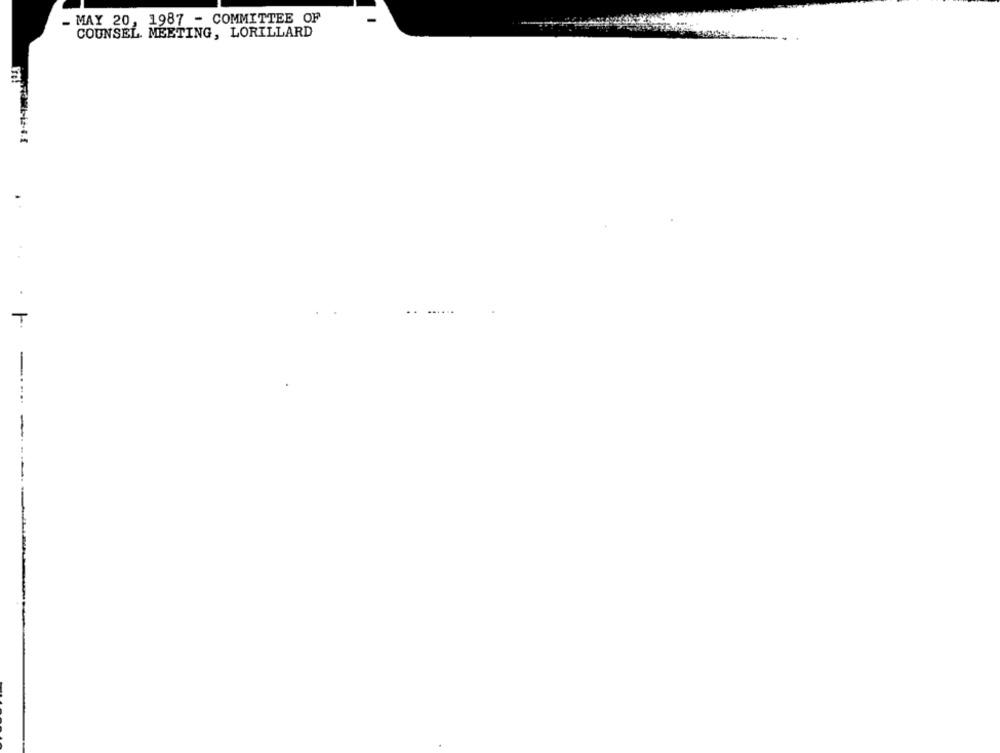
_ MAY 20, 1987 - COMMITTEE OF
COUNSEL MEETING, LORILLARD
T